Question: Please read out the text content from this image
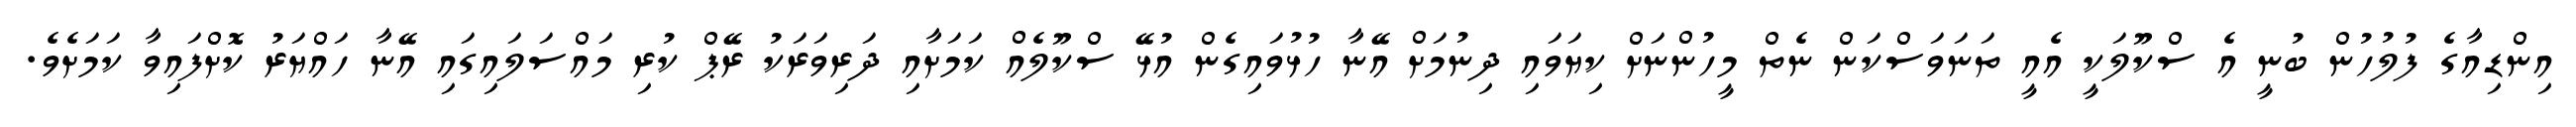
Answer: އިންޑިއާގެ ފުލުހުން ބުނީ އެ ސްކޫލަކީ އެއީ ތަނަވަސްކަން ނެތް މީހުންނަށް ކިޔަވައި ދިނުމަށް އޭނާ ހުޅުވައިގެން އުޅޭ ސްކޫލެއް ކަމަށާއި ދަރިވަރަކު ރޭޕް ކުރި މައްސަލައިގައި އޭނާ ހައްޔަރު ކޮށްފައިވާ ކަމަށެވެ.